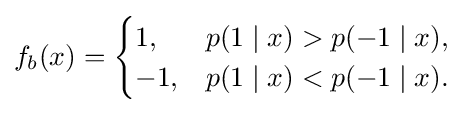
f_{b}(x)={\begin{cases}1,&p(1\mid x)>p(-1\mid x),\\-1,&p(1\mid x)<p(-1\mid x).\end{cases}}